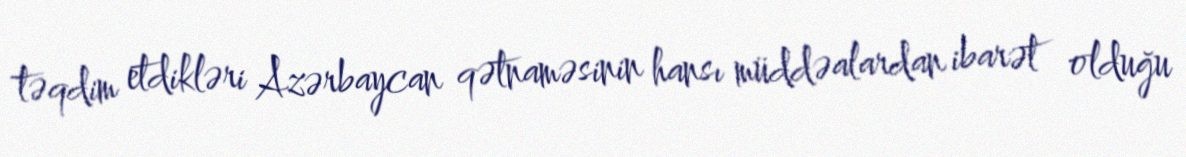
təqdim etdikləri Azərbaycan qətnaməsinin hansı müddəalardan ibarət olduğu